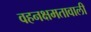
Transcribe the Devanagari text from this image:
वहनक्षमतावाली